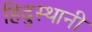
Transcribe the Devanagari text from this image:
हिदुस्थानी